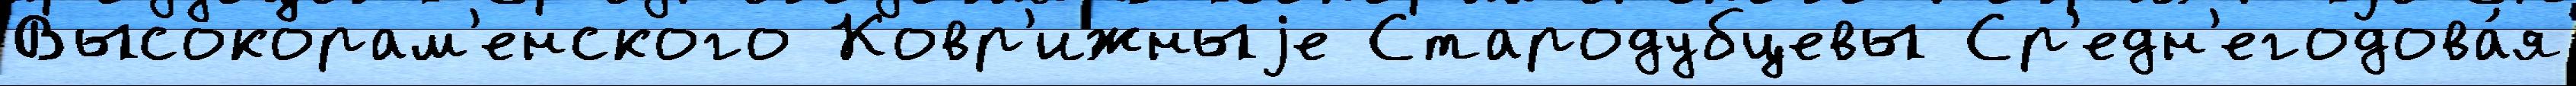
Высокорам'енского Ковр'ижныjе Стародубцевы Ср'едн'егодова́я